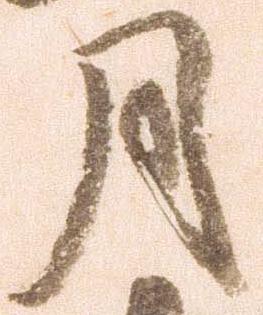
月